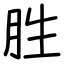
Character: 胜